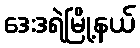
ဒေးဒရဲမြို့နယ်